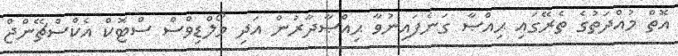
އޮތް މުއްދަތުގެ ތެރޭގައި ޙިއްޞާ ގަނެފައިނުވާ ޙިއްޞާދާރުން އަދި މޯލްޑިވްސް ސްޓޮކް އެކްސްޗޭންޖް